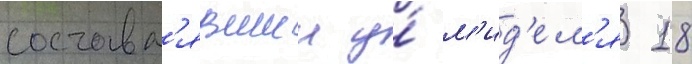
составл'явшии у́ м'ид'ел'я 18